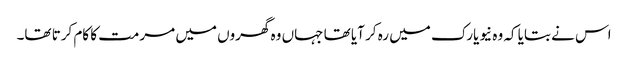
اس نے بتایا کہ وہ نیویارک میں رہ کر آیا تھا جہاں وہ گھروں میں مرمت کا کام کرتا تھا۔